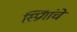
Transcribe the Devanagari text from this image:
स्प्रिंगांचे